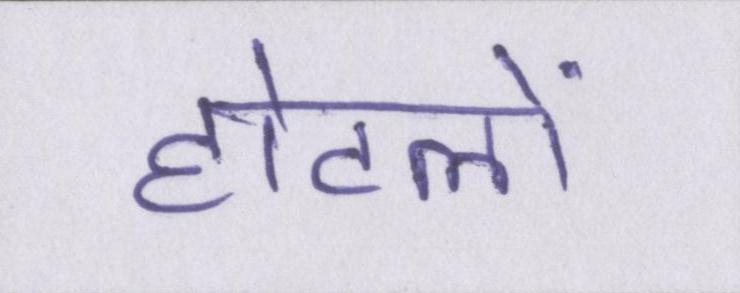
होटलों